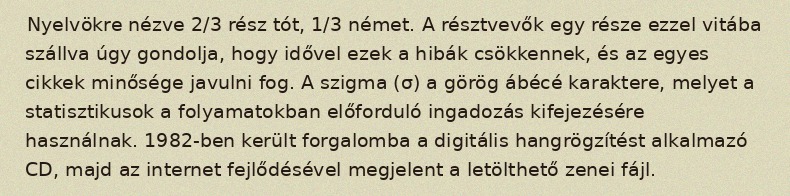
Nyelvökre nézve 2/3 rész tót, 1/3 német. A résztvevők egy része ezzel vitába szállva úgy gondolja, hogy idővel ezek a hibák csökkennek, és az egyes cikkek minősége javulni fog. A szigma (σ) a görög ábécé karaktere, melyet a statisztikusok a folyamatokban előforduló ingadozás kifejezésére használnak. 1982-ben került forgalomba a digitális hangrögzítést alkalmazó CD, majd az internet fejlődésével megjelent a letölthető zenei fájl.